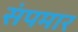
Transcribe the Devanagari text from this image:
संपमार